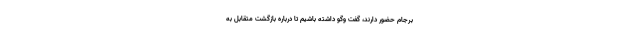
برجام حضور دارند، گفت وگو داشته باشیم تا درباره بازگشت متقابل به